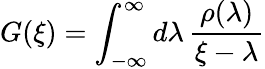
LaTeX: G(\xi)=\int_{-\infty}^{\infty}d\lambda\, \frac{\rho(\lambda)}{\xi-\lambda}